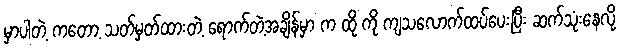
မှာပါတဲ့ ကတော့ သတ်မှတ်ထားတဲ့ ရောက်တဲ့အချိန်မှာ က ထို ကို ကျသလောက်ထပ်ပေးပြီး ဆက်သုံးနေလို့